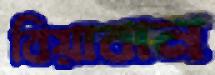
বিয়াবান